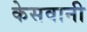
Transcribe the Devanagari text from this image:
केसवानी